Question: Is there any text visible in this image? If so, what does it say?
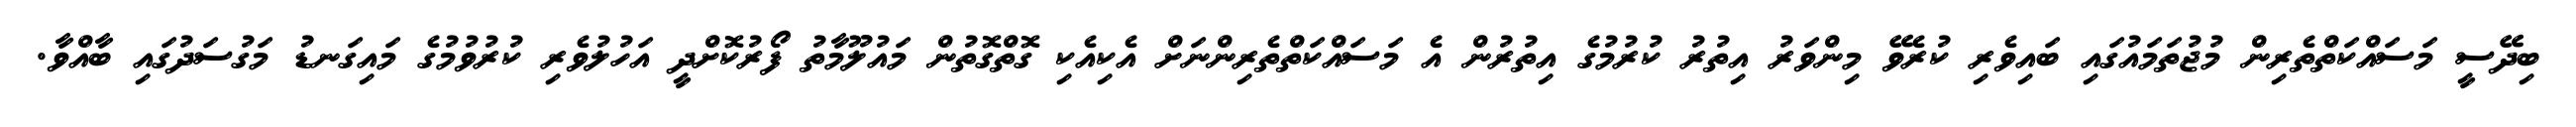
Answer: ބިދޭސީ މަސައްކަތްތެރިން މުޖުތަމައުގައި ބައިވެރި ކުރެވޭ މިންވަރު އިތުރު ކުރުމުގެ އިތުރުން އެ މަސައްކަތްތެރިންނަށް އެކިއެކި ގޮތްގޮތުން މައުލޫމާތު ފޯރުކޮށްދީ އަހުލުވެރި ކުރުވުމުގެ މައިގަނޑު މަގުސަދުގައި ބާއްވާ.